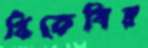
বিকেবির